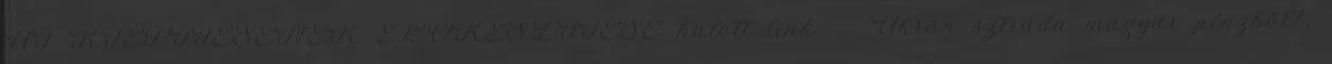
ÚT KIÉPÍTÉSÉNEK ELŐKÉSZÍTÉSE halott link ↑ Ukrán sztráda magyar pénzből?,